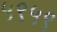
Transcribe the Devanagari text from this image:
५९५९